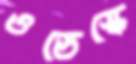
ওডেস্কে